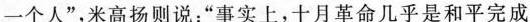
一个人”，米高扬则说：”事实上，十月革命几乎是和平完成